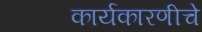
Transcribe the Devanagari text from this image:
कार्यकारणीचे